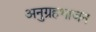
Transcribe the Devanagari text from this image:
अनुग्रहभाजन